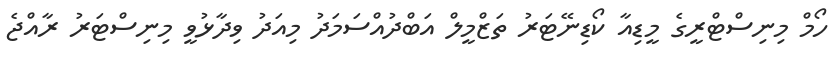
ހޯމް މިނިސްޓްރީގެ މީޑިއާ ކޯޑިނޭޓަރު ތަޒްމީލް އަބްދުއްސަމަދު މިއަދު ވިދާޅުވީ މިނިސްޓަރު ރާއްޖެ